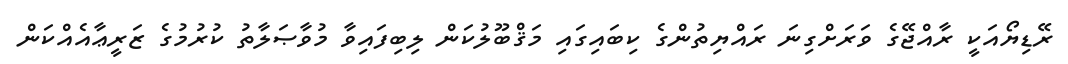
ރޭޑިޔޯއަކީ ރާއްޖޭގެ ވަރަށްގިނަ ރައްޔިތުންގެ ކިބައިގައި މަޤްބޫލުކަން ލިބިފައިވާ މުވާޞަލާތު ކުރުމުގެ ޒަރީޢާއެއްކަން